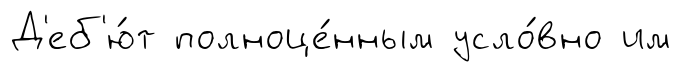
Д'еб'ю́т полноце́нным усло́вно им